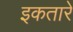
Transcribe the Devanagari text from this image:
इकतारे